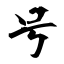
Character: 号